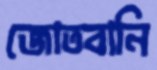
জোতবানি